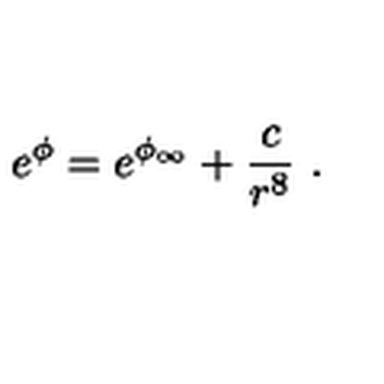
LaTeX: e ^ { \phi } = e ^ { \phi _ { \infty } } + \frac { c } { r ^ { 8 } } \ .